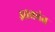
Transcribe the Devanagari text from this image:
अाक्रांत